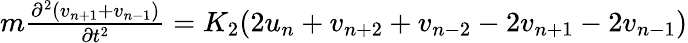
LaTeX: \begin{array}{r}{m\frac{\partial^{2}(v_{n+1}+v_{n-1})}{\partial t^{2}}=K_{2}(2u_{n}+v_{n+2}+v_{n-2}-2v_{n+1}-2v_{n-1})}\end{array}